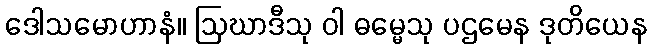
ဒေါသမောဟာနံ။ ဩဃာဒီသု ဝါ ဓမ္မေသု ပဌမေန ဒုတိယေန